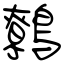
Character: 鷯